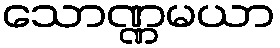
သောဏ္ဏမယာ